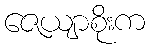
ဇေယျာစိုးက